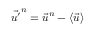
\vec { u ^ { \prime } } ^ { n } = \vec { u } ^ { n } - \langle \vec { u } \rangle